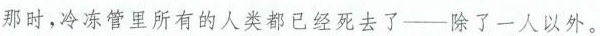
那时，冷冻管里所有的人类都已经死去了——除了一人以外。